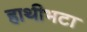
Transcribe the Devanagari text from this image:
हाथीभटा